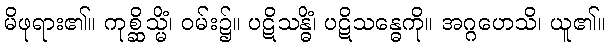
မိဖုရား၏။ ကုစ္ဆိသ္မိံ၊ ဝမ်း၌။ ပဋိသန္ဓိံ၊ ပဋိသန္ဓေကို။ အဂ္ဂဟေသိ၊ ယူ၏။